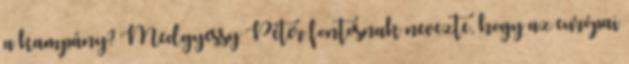
a kampány? Medgyessy Péter fontosnak nevezte, hogy az európai